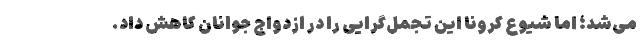
می‌شد؛ اما شیوع کرونا این تجمل‌گرایی را در ازدواج جوانان کاهش داد.